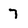
Character: 7